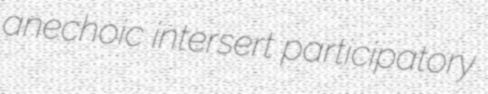
anechoic intersert participatory